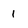
Character: 1